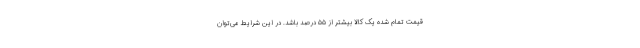
قیمت تمام شده یک کالا بیشتر از ۵۵ درصد باشد. در این شرایط می‌توان